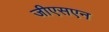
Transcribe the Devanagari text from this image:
जीएसएन